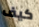
كيف